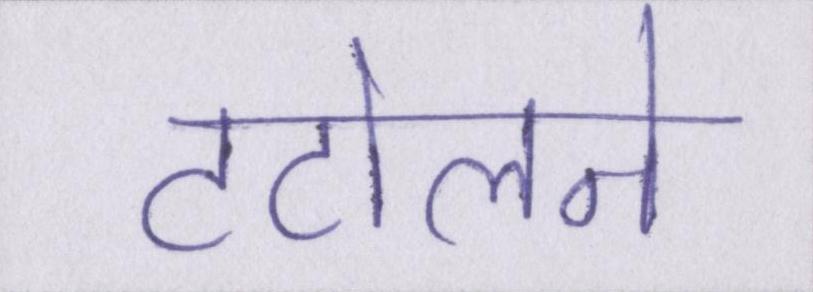
टटोलने